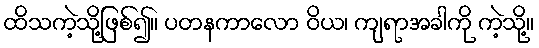
ထိသကဲ့သို့ဖြစ်၍။ ပတနကာလော ဝိယ၊ ကျရာအခါကို ကဲ့သို့။